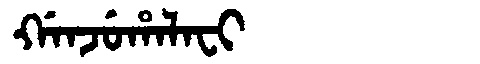
Manchu: ᡤᠠᠨᠵᡠᡥᠠᠯᠠᠸᡳ
Romanization: GANJUHALAFI